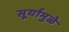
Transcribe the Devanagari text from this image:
सूर्यामुळे